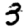
Digit: 3